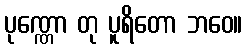
ပုဏ္ဏော တု ပူရိတော ဘဝေ။